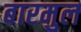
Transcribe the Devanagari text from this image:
बारमुल